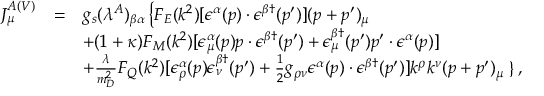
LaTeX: \begin{array} { r c l } { { J _ { \mu } ^ { A ( V ) } } } & { { = } } & { { g _ { s } ( \lambda ^ { A } ) _ { \beta \alpha } \left\{ F _ { E } ( k ^ { 2 } ) [ \epsilon ^ { \alpha } ( p ) \cdot \epsilon ^ { \beta \dagger } ( p ^ { \prime } ) ] ( p + p ^ { \prime } ) _ { \mu } \right. } } \\ { { } } & { { } } & { { + ( 1 + \kappa ) F _ { M } ( k ^ { 2 } ) [ \epsilon _ { \mu } ^ { \alpha } ( p ) p \cdot \epsilon ^ { \beta \dagger } ( p ^ { \prime } ) + \epsilon _ { \mu } ^ { \beta \dagger } ( p ^ { \prime } ) p ^ { \prime } \cdot \epsilon ^ { \alpha } ( p ) ] } } \\ { { } } & { { } } & { { + \frac { \lambda } { m _ { D } ^ { 2 } } F _ { Q } ( k ^ { 2 } ) [ \epsilon _ { \rho } ^ { \alpha } ( p ) \epsilon _ { \nu } ^ { \beta \dagger } ( p ^ { \prime } ) + \frac { 1 } { 2 } g _ { \rho \nu } \epsilon ^ { \alpha } ( p ) \cdot \epsilon ^ { \beta \dagger } ( p ^ { \prime } ) ] k ^ { \rho } k ^ { \nu } ( p + p ^ { \prime } ) _ { \mu } \left. \right\} , } } \end{array}